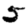
Digit: 5